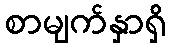
စာမျက်နှာရှိ